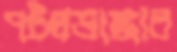
পটলডাঙ্গার